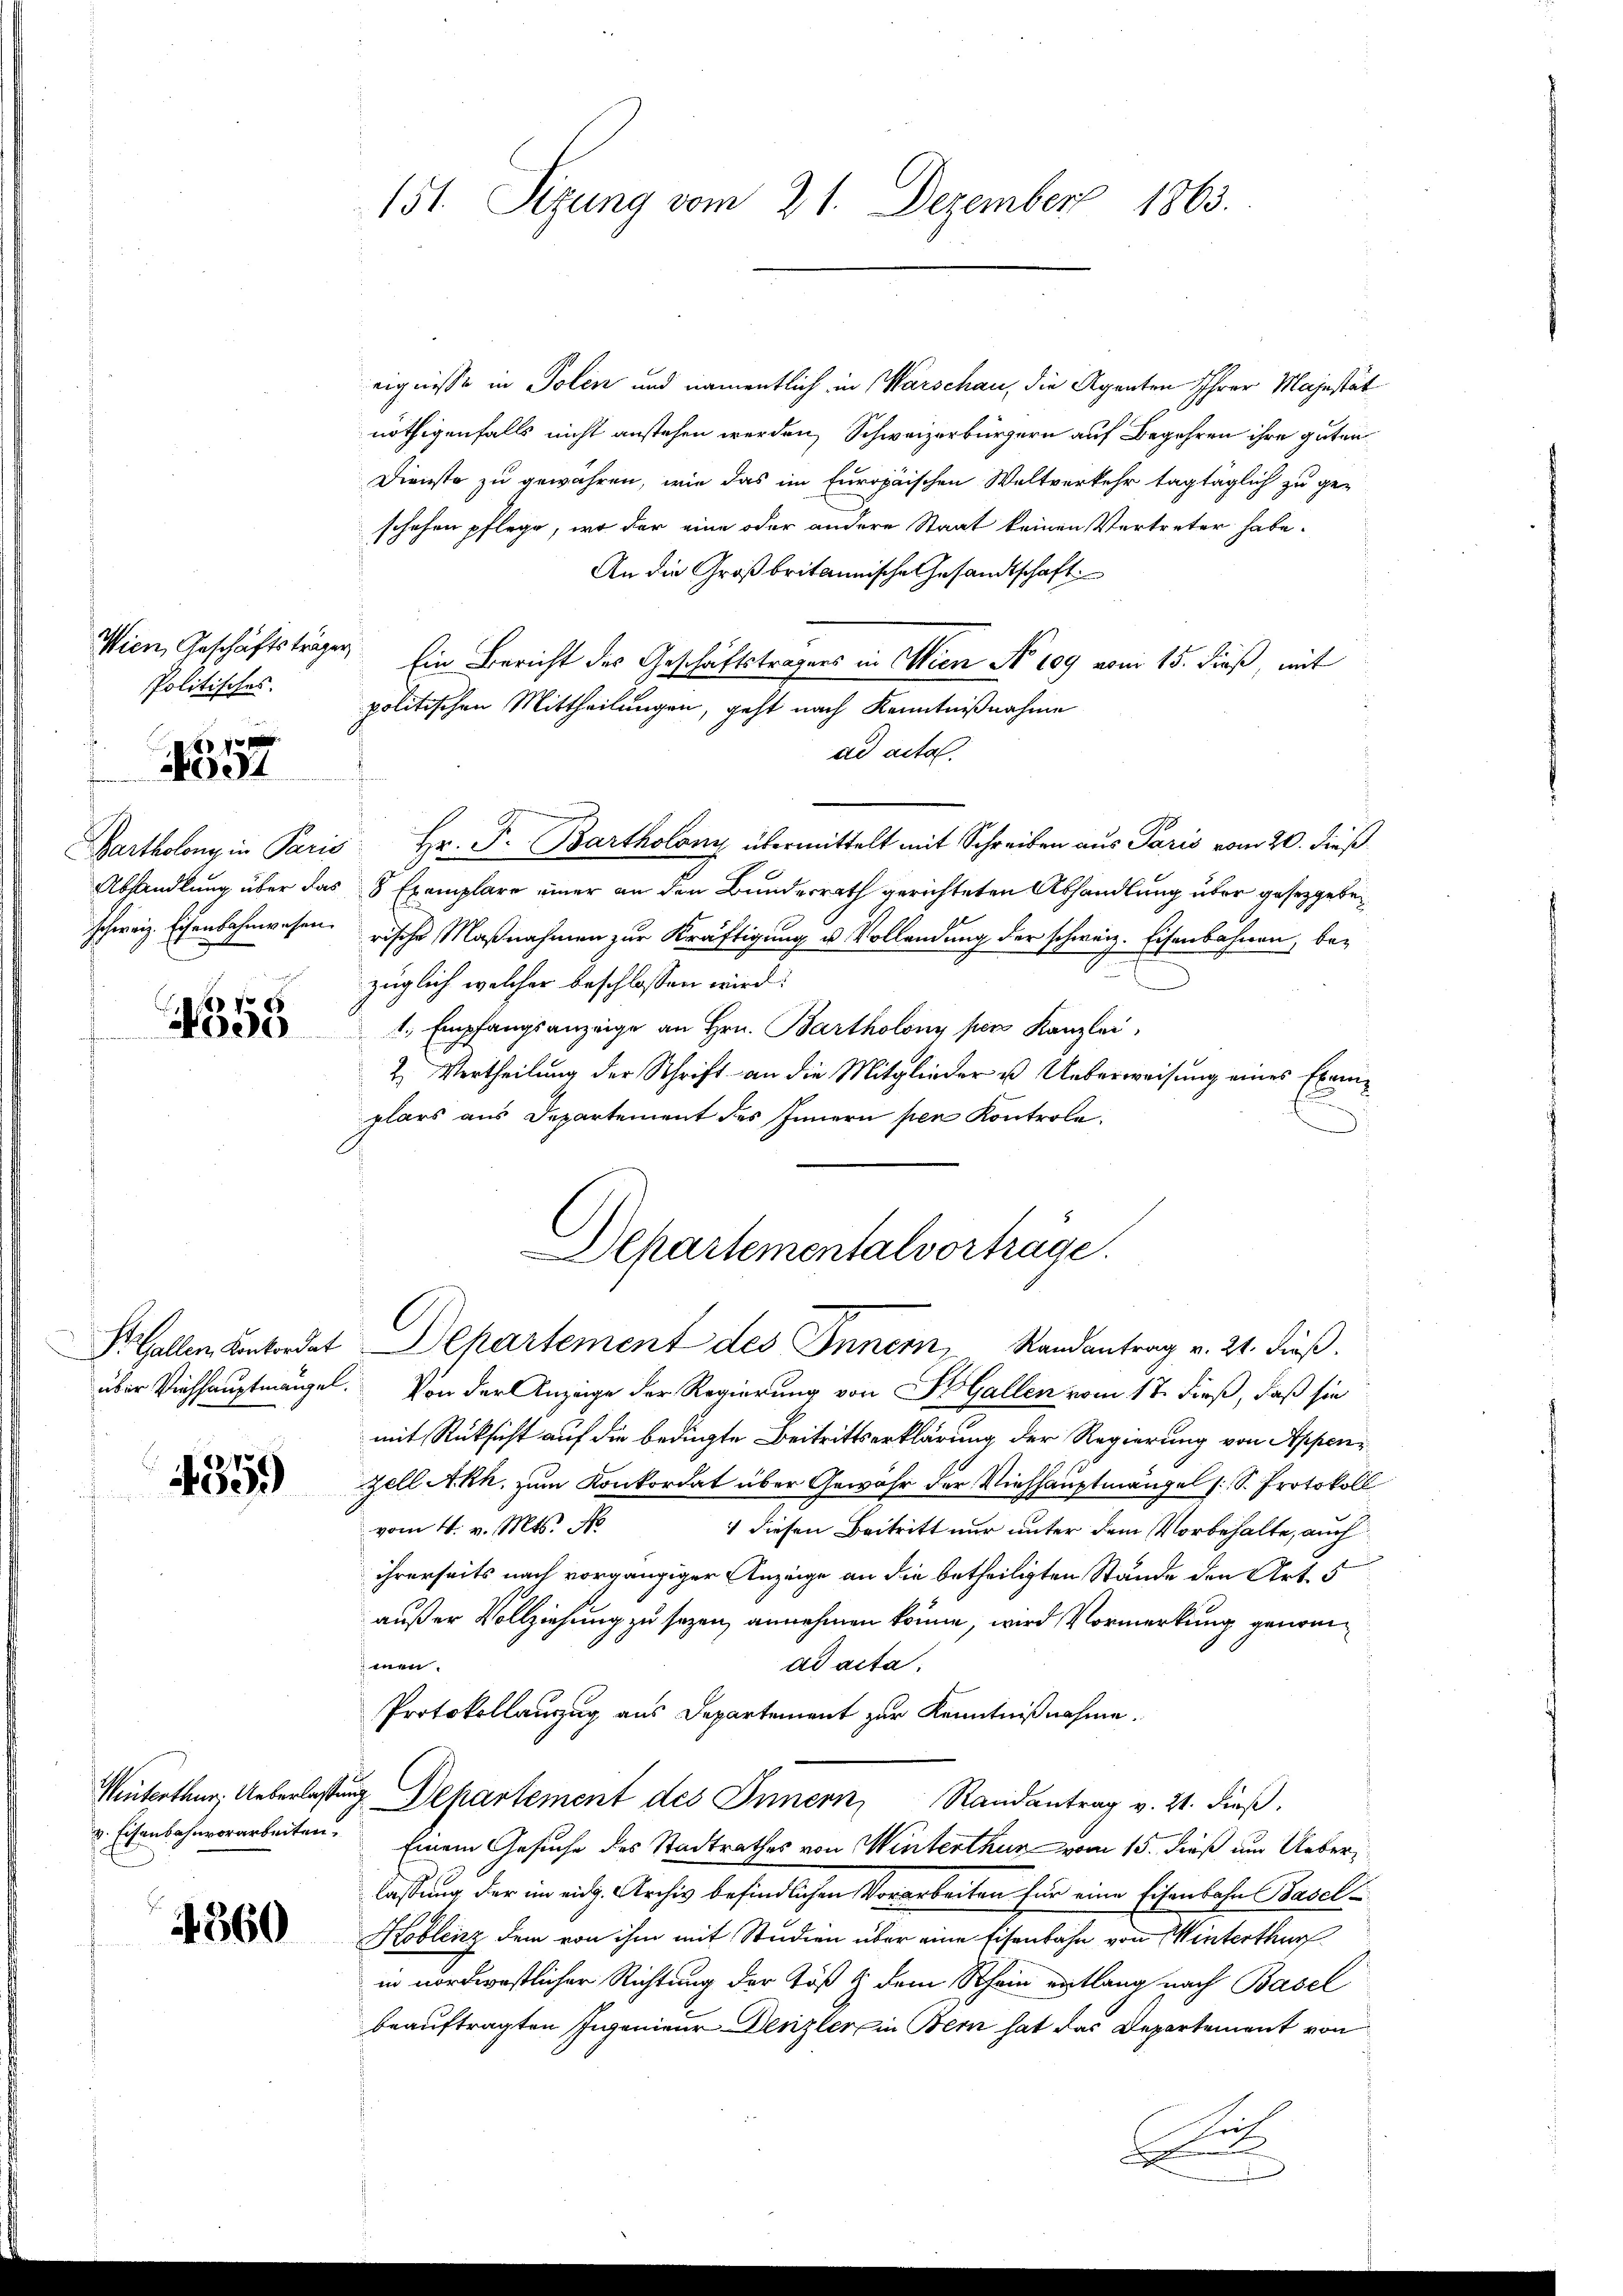
Wien Geschäftsträgen,
Politisches.
Bartholon, in Paris
Abhandlung über das
schweiz. Eisenbahnwesen.

18 10 x
odt

4355

4359

v. Eisenbahnvorarbeiten.

4360

151. Sizung vom 21. Dezember 1863.

eignisse in Polen und namentlich in Warschau, die Agenten Ihrer Majestät
nöthigenfalls nicht anstehen werden, Schweizerbürgern auf Begehren ihre guten
Dienste zu gewähren, wie das im Europäischen Weltverkehr tagtäglich zu geschehen pflege, wo der eine oder andere Staat keinen Vertreter habe.
An die Großbritannische Gesandtschaft
 Ein Bericht des Geschäftsträgers in Wien No 109 vom 15. Fuß, mit
politischen Mittheilungen, geht nach Kenntnißnahme
ad acta.
 Hr. P. Bartholoni übermittelt mit Schreiben aus Paris vom 20. dieß
8 Exemplare einer an den Bundesrath gerichteten Abhandlung über gesetzgeberische Maßnahmen zur Kräftigung u. Vollendung der schweiz. Eisenbahnen, bezüglich welcher beschlossen wird.
1., Empfangsanzeige an Hrn. Bartholony per Kanzlei
2. Vertheilung der Schrift an die Mitglieder u. Ueberweisung eines Exemf
plars aus Departement des Innern per Kontrole.
Departementalvorträge.
S. Gallen Kantordet Departement des Innern Randantrag v. 21. dieß.
über Viehhauptmängel. Von der Anzeige der Regierung von H Gallen vom 17. dieß, daß sie
mit Rücksicht auf die bedingte Beitrittserklärung der Regierung von Appenzell Akh, zum Konkordat über Gewähr der Viehhauptmängel (S. Protokoll
vom 4. v. Mts. N
1 diesen Beitritt nur unter dem Vorbehalte, auch
ihrerseits nach vorgängiger Anzeige an die betheiligten Stande den Art. 5
außer Vollziehung zu sezen, annehmen könne, wird Vormerkung genommen.
ad acta,
Protokollanzug aus Departement zur Kenntnißnahme.
Winterthur, Ueberlassung Departement des Innern, Randantrag v. 21. dieβ.
Einem Gesuche des Stadtrathes von Winterthur vom 15. dieß um Ueberlassung der im eidg. Archiv befindlichen Vorarbeiten für eine Eisenbahn Basel-
Koblenz dem von ihm mit Studien über eine Eisenbahn von Winterthur
in nordwestlicher Richtung der Töß & dem Schein erlang nach Basel
beauftragten Ingenieur Denzler ein Bern hat das Departement von
S

D